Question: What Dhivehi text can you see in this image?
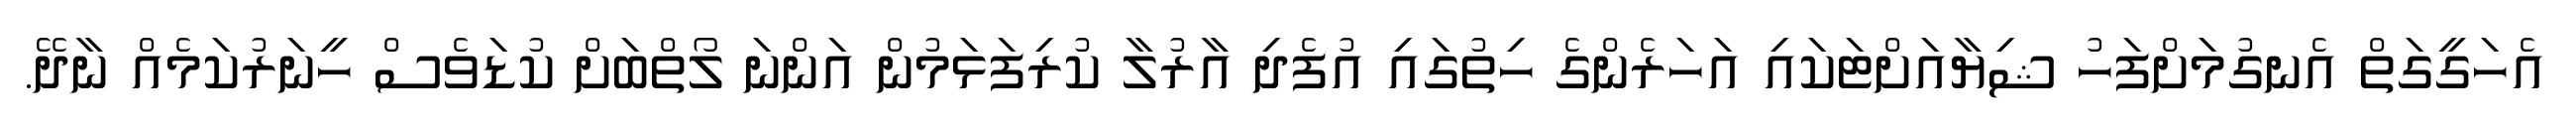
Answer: އެހަގީގަތް އެނގުމަށްފަހު ޝިޔާއަށްޓަކައި އަހަރެންގެ ހިތުގައި އުފެދި އާރުލާ ކުރިފަޅަމުން އަންނަ ލޯތްބަށް ކުޑަވެސް ހީނަރުކަމެއް ނާދޭ.